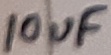
Text: 10uF